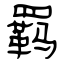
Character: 羁